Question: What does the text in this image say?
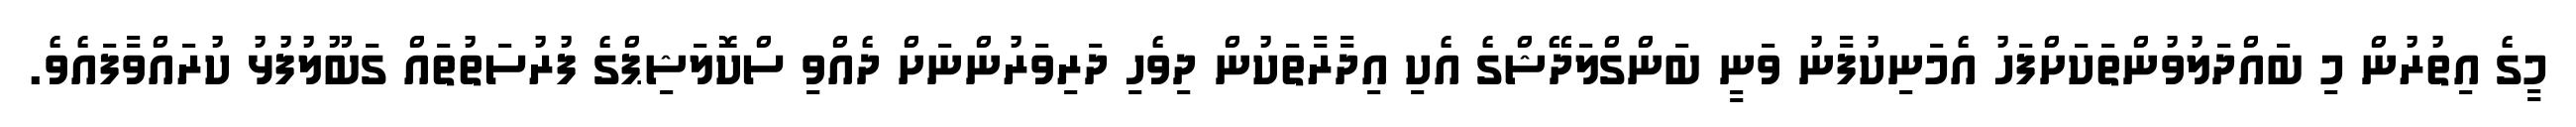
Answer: މީގެ އިތުރުން މި ބައްދަލުވުންތަކަށްފަހު އެމަނިކުފާނު ވަނީ ބަންގްލަދޭޝްގެ އެކި އިދާރާތަކުން ދިވެހި ދަރިވަރުންނަށް ދެއްވި ސްކޮލަޝިޕްގެ ފުރުސަތުތައް ގަބޫލުފުޅު ކުރައްވާފައެވެ.